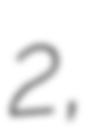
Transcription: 2,